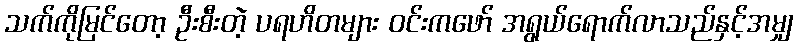
သက်ကိုမြင်တော့ ဦးစီးတဲ့ ပရဟိတများ ဝင်းကဖော် အရွယ်ရောက်လာသည်နှင့်အမျှ